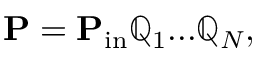
\mathbf { P } = \mathbf { P } _ { \mathrm { i n } } \mathbb { Q } _ { 1 } . . . \mathbb { Q } _ { N } ,